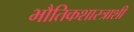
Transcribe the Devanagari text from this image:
भौतिकशास्त्राशी